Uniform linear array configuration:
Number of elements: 64
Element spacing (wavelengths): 1
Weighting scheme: hamming
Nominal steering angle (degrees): -15
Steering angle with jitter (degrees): -15.274
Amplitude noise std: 0.05
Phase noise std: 0.05

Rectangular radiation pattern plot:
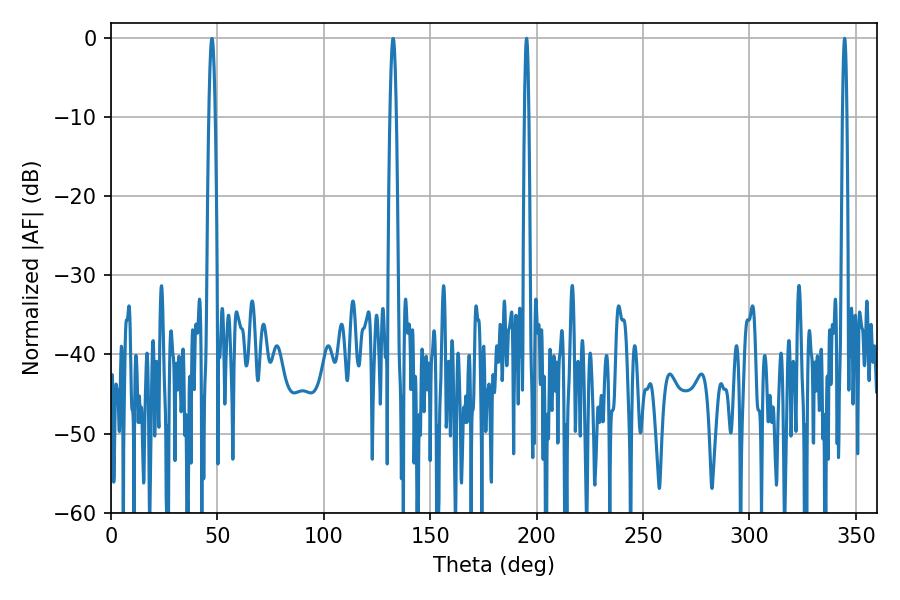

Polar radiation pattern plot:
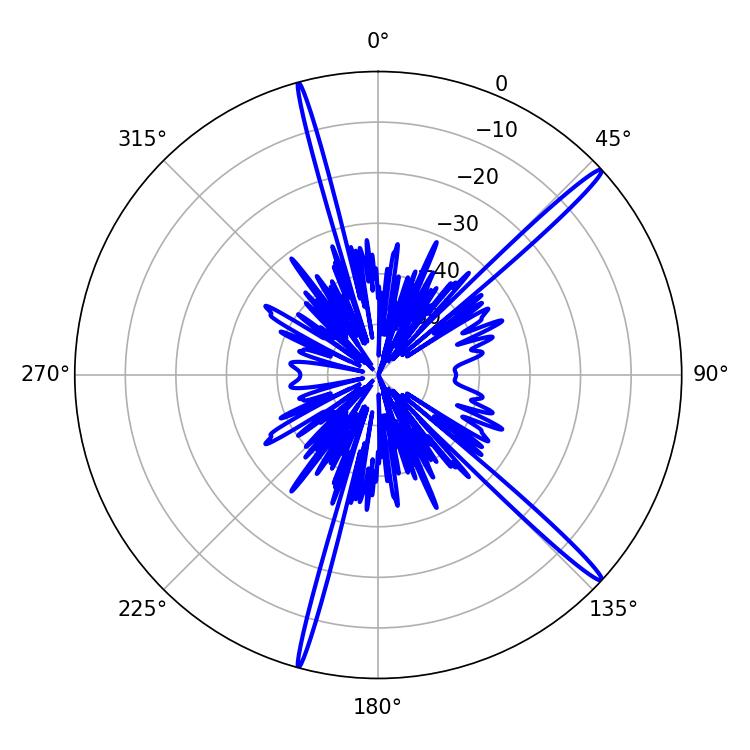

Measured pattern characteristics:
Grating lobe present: TRUE
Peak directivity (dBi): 17.517
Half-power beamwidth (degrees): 1.08
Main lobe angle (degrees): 344.7